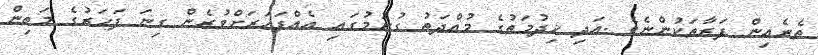
ތެރެއިން ފަރާތަކުންނެވެ .އަދި ޚިދުމަތުގެ މުއްދަތު ގުނުމުގައި އެއްފަހަރަށްވުރެން ގިނަ ފަހަރުގެ މަތިން